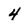
Character: 4